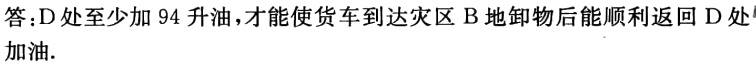
答：D处至少加 94 升油，才能使货车到达灾区 B 地卸物后能顺利返回 D 处加油.